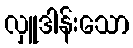
လှူဒါန်းသော